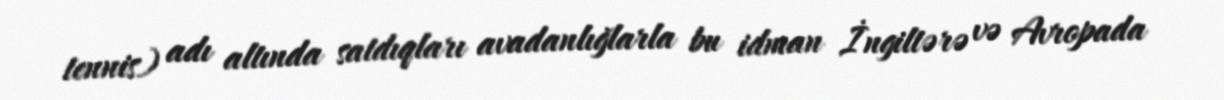
tennis) adı altında satdıqları avadanlığlarla bu idman İngiltərə və Avropada